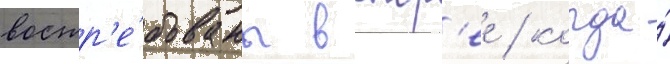
востр'е́бованы вскор'ее / когда́